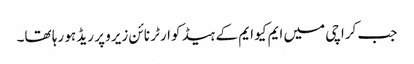
جب کراچی میں ایم کیو ایم کے ہیڈ کوارٹر نائن زیرو پر ریڈ ہو رہا تھا۔